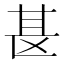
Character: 𫞪